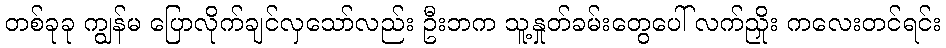
တစ်ခုခု ကျွန်မ ပြောလိုက်ချင်လှသော်လည်း ဦးဘက သူ့နှုတ်ခမ်းတွေပေါ် လက်ညှိုး ကလေးတင်ရင်း